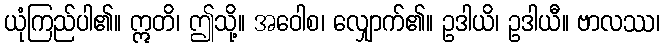
ယုံကြည်ပါ၏။ ဣတိ၊ ဤသို့။ အဝေါစ၊ လျှောက်၏။ ဥဒါယိ၊ ဥဒါယီ။ ဗာလဿ၊